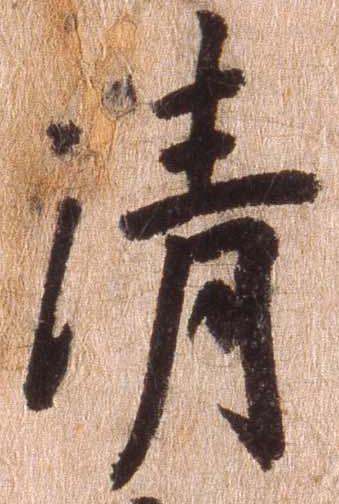
清